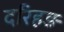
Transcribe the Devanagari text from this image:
दरिहड़